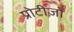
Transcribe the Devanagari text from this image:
प्रोटीज़ों